system: You are a helpful assistant.
user:
Analyze the provided spectrum to determine if it is a **M-type Giant (gM)**.

A M-type Giant spectrum is defined by its **strong molecular absorption** features, particularly from **Titanium Oxide (TiO)**. You must check for one of the following mutually exclusive signatures:

- **Key Visual Indicators (Absorption-Dominated Spectrum):**

    - **(Primary):** The spectrum is dominated by strong molecular absorption from **Titanium Oxide (TiO)**. This is the **defining feature** of its M-type temperature class.
        - **(Key Bandheads):** Look for sharp, "saw-tooth" absorption valleys. The strongest are located near **~7050 Å**, **~6160 Å**, and **~5170 Å**.
        - **(Line Profile):** The "saw-tooth" morphology is critical: a **sharp, steep drop on the BLUE (short-wavelength) side** of the bandhead, followed by a gradual recovery (rising flux) towards the RED (long-wavelength) side.

    - **(Key Confirmation - Giant vs. Dwarf):** **ABSENCE** of strong **Calcium Hydride (CaH)** molecular bands. This is the primary diagnostic for *excluding* M-dwarfs.
        - **(Key Region):** The spectrum should lack the strong, broad absorption band seen in dwarfs between **~6800 Å and ~7000 Å**.

    - **(Secondary Confirmation - Giant):** A very strong and broad **Neutral Calcium (Ca I)** atomic absorption line.
        - **(Key Line):** Located at **~4226 Å**. In a giant (gM), this line is significantly deeper and broader than the same line in an M-dwarf (dM) due to low surface gravity.

    - **(Overall Spectrum):**
        - The continuum is **extremely red-sloping** (i.e., flux is very low in the blue and rises dramatically towards the red).
        - The entire spectrum appears "chopped up" by the deep TiO bands.

Think first, call **spectral_visualization_tool** if needed to examine features in detail, then provide your final answer. Your response must adhere to the following strict rules:
1.  **Overall Structure:** Your response must follow the format `<think>...</think> <tool_call>...</tool_call> (if a tool is used) <answer>...</answer>`.
2.  **Tool Usage Constraint:** You may only make **one** tool call per turn.
3.  **Final Answer Format:** In the `<answer>` tag, your conclusion must be inside a `\boxed{}` command (e.g., `\boxed{YES}` or `\boxed{NO}`), followed by your justification.

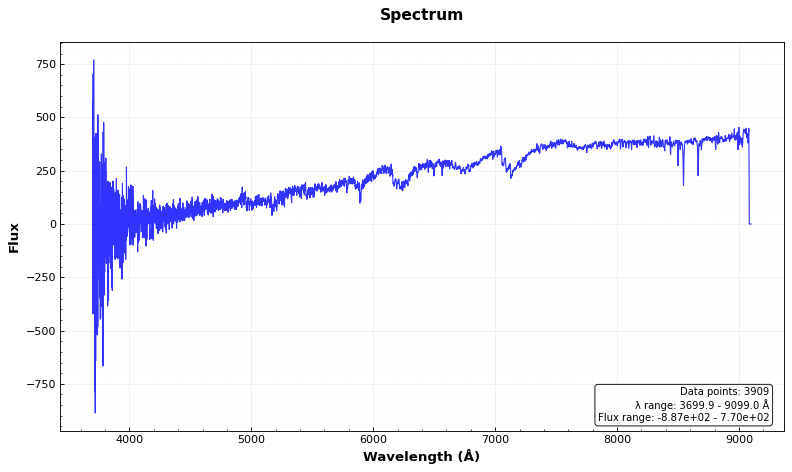
Answer: YES